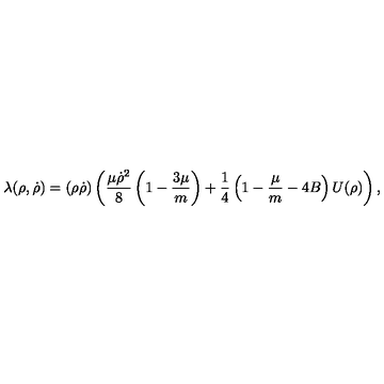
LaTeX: \lambda ( { \mathrm { \boldmath \rho } } , { \mathrm { \boldmath \dot { \rho } } } ) = ( { \mathrm { \boldmath \rho } } { \mathrm { \boldmath \dot { \rho } } } ) \left( \frac { \mu { \mathrm { \boldmath \dot { \rho } } } ^ { 2 } } { 8 } \left( 1 - \frac { 3 \mu } { m } \right) + \frac { 1 } { 4 } \left( 1 - \frac { \mu } { m } - 4 B \right) U ( \rho ) \right) ,